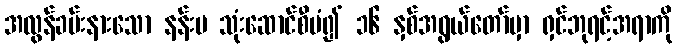
အလွန်ခမ်းနားသော နန်းမ သုံးဆောင်စီမံ၍ ၁၆ နှစ်အရွယ်တော်မှာ ရှင်ဘုရင့်အရာကို